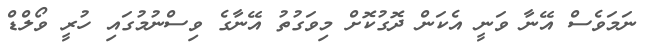
ނަމަވެސް އޭނާ ވަނީ އެކަން ދޮގުކޮށް މިވަގުތު އޭނާގެ ވިސްނުމުގައި ހުރީ ވޯލްޑް